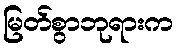
မြတ်စွာဘုရားက